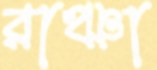
রাঞ্ঝা